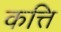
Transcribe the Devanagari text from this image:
कत्ति